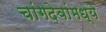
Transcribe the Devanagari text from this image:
चांगदेवांमध्ये